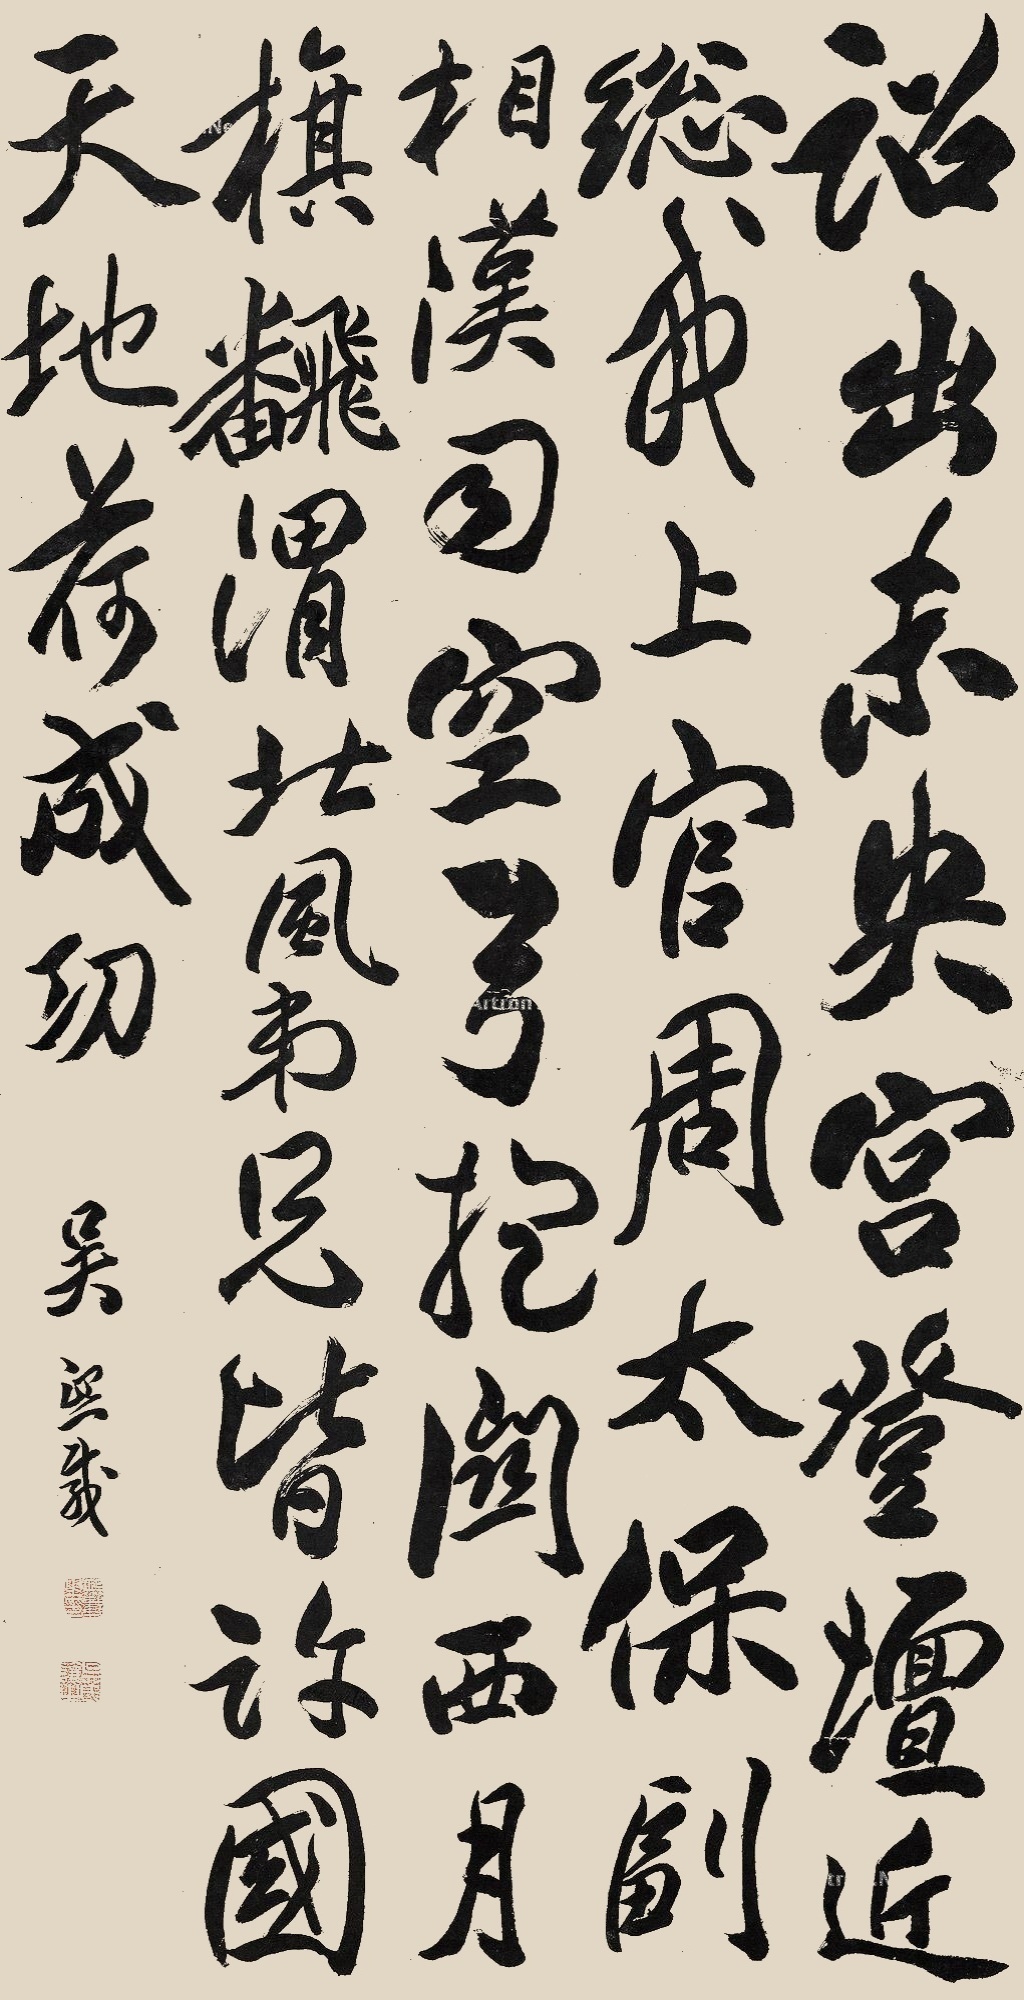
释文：诏出未央宫，登坛近总戎。上公周太保，副相汉司空。弓抱关西月，旗翻渭北风。弟兄皆许国，天地荷成功。吴熙载。